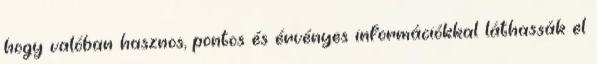
hogy valóban hasznos, pontos és érvényes információkkal láthassák el